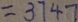
= 3 7 4 7